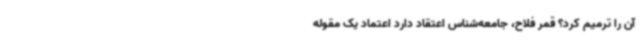
آن را ترمیم کرد؟ قمر فلاح، جامعه‌شناس اعتقاد دارد اعتماد یک مقوله